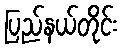
ပြည်နယ်တိုင်း